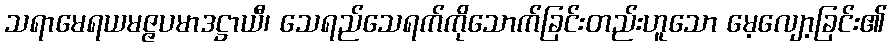
သရာမေရယမဇ္ဇပမာဒဋ္ဌာယီ၊ သေရည်သေရက်ကိုသောက်ခြင်းတည်းဟူသော မေ့လျော့ခြင်း၏